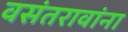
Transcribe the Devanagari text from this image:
वसंतरावांना